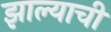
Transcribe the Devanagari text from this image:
झाल्याचीं